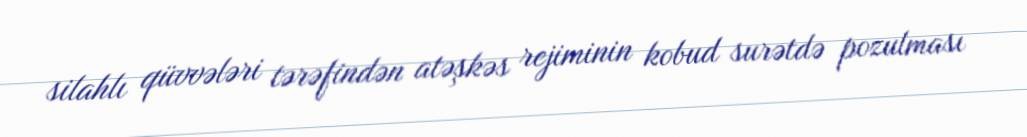
silahlı qüvvələri tərəfindən atəşkəs rejiminin kobud surətdə pozulması